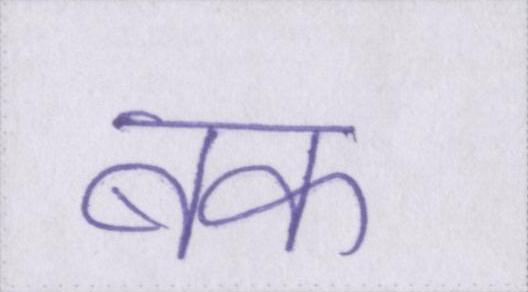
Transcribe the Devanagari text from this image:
बक